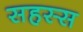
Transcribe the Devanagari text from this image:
सहस्स